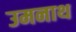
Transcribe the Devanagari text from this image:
उमनाथ